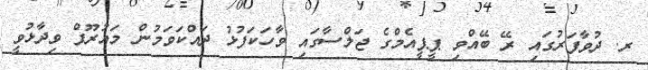
ރ. ދުވާފަރުގައި ރޭ ބޭއްވި ޕީޕީއެމްގެ ޖަލްސާގައި ވާހަކަފުޅު ދައްކަވަމުން މައުރޫފް ވިދާޅުވީ